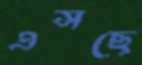
এসছে